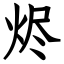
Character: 烬